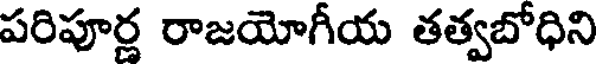
పరిపూర్ణ రాజయోగీయ తత్వబోధిని